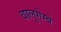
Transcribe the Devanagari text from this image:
वालुगेम्बे